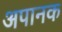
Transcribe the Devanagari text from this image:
अपानक